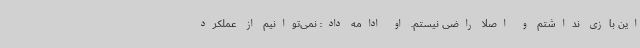
این بازی نداشتم و اصلا راضی نیستم. او ادامه داد: نمی‌توانیم از عملکرد